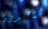
متأكدون